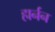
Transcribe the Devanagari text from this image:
हार्नन